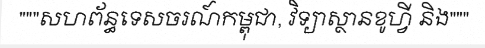
"""សហព័ន្ធទេសចរណ៍កម្ពុជា, វិទ្យាស្ថានខូហ្វី និង"""